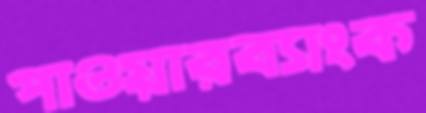
পাওয়ারব্যাংক